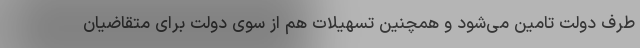
طرف دولت تامین می‌شود و همچنین تسهیلات هم از سوی دولت برای متقاضیان